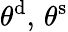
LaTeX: \theta^{\mathrm{d}},\, \theta^{\mathrm{s}}